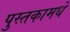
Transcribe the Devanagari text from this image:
पुस्तकामधे